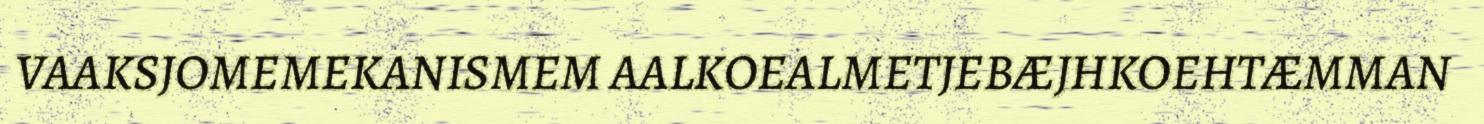
VAAKSJOMEMEKANISMEM AALKOEALMETJEBÆJHKOEHTÆMMAN